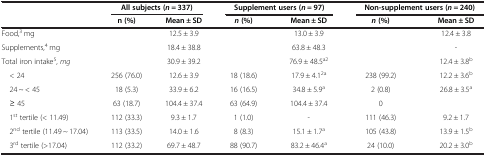
<table><thead><tr><td>[EMPTY_CELL]</td><td colspan="2"><b>All subjects (<i>n =</i> 337)</b></td><td colspan="2"><b>Supplement users (<i>n =</i> 97)</b></td><td colspan="2"><b>Non-supplement users (<i>n =</i> 240)</b></td></tr><tr><td>[EMPTY_CELL]</td><td><b>n (%)</b></td><td><b>Mean ± SD</b></td><td><b><i>n </i>(%)</b></td><td><b>Mean ± SD</b></td><td><b><i>n </i>(%)</b></td><td><b>Mean ± SD</b></td></tr></thead><tbody><tr><td>Food,<sup>3</sup> mg</td><td>[EMPTY_CELL]</td><td>12.5 ± 3.9</td><td>[EMPTY_CELL]</td><td>13.0 ± 3.9</td><td>[EMPTY_CELL]</td><td>12.4 ± 3.8</td></tr><tr><td>Supplements,<sup>4</sup> mg</td><td>[EMPTY_CELL]</td><td>18.4 ± 38.8</td><td>[EMPTY_CELL]</td><td>63.8 ± 48.3</td><td>[EMPTY_CELL]</td><td>-</td></tr><tr><td>Total iron intake<sup>5</sup>, <i>mg</i></td><td>[EMPTY_CELL]</td><td>30.9 ± 39.2</td><td>[EMPTY_CELL]</td><td>76.9 ± 48.5<sup>a2</sup></td><td>[EMPTY_CELL]</td><td>12.4 ± 3.8<sup>b</sup></td></tr><tr><td> &lt; 24</td><td>256 (76.0)</td><td>12.6 ± 3.9</td><td>18 (18.6)</td><td>17.9 ± 4.1<sup>2a</sup></td><td>238 (99.2)</td><td>12.2 ± 3.6<sup>b</sup></td></tr><tr><td> 24 ~ &lt; 45</td><td>18 (5.3)</td><td>33.9 ± 6.2</td><td>16 (16.5)</td><td>34.8 ± 5.9<sup>a</sup></td><td>2 (0.8)</td><td>26.8 ± 3.5<sup>a</sup></td></tr><tr><td> ≥ 45</td><td>63 (18.7)</td><td>104.4 ± 37.4</td><td>63 (64.9)</td><td>104.4 ± 37.4</td><td>0</td><td>[EMPTY_CELL]</td></tr><tr><td> 1<sup>st</sup> tertile (&lt; 11.49)</td><td>112 (33.3)</td><td>9.3 ± 1.7</td><td>1 (1.0)</td><td>-</td><td>111 (46.3)</td><td>9.2 ± 1.7</td></tr><tr><td> 2<sup>nd</sup> tertile (11.49 ~ 17.04)</td><td>113 (33.5)</td><td>14.0 ± 1.6</td><td>8 (8.3)</td><td>15.1 ± 1.7<sup>a</sup></td><td>105 (43.8)</td><td>13.9 ± 1.5<sup>b</sup></td></tr><tr><td> 3<sup>rd</sup> tertile (&gt;17.04)</td><td>112 (33.2)</td><td>69.7 ± 48.7</td><td>88 (90.7)</td><td>83.2 ± 46.4<sup>a</sup></td><td>24 (10.0)</td><td>20.2 ± 3.0<sup>b</sup></td></tr></tbody></table>